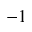
^ { - 1 }